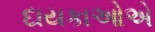
દાયકાઓએ